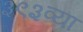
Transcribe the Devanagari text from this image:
३९३व्या